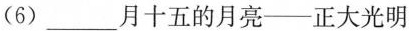
(6) ___月十五的月亮——正大光明红